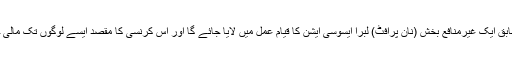
اب تک ذرائع ابلاغ میں آنے والی اطلاعات کے مطابق ایک غیرمنافع بخش (نان پرافٹ) لبرا ایسوسی ایشن کا قیام عمل میں لایا جائے گا اور اس کرنسی کا مقصد ایسے لوگوں تک مالی خدمات پہنچانا ہوگا جو بینکاری نظام سے باہر ہیں۔